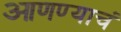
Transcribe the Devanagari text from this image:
आणण्याचं